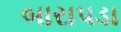
બારાપડા